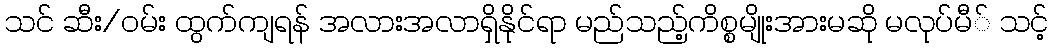
သင် ဆီး/ဝမ်း ထွက်ကျရန် အလားအလာရှိနိုင်ရာ မည်သည့်ကိစ္စမျိုးအားမဆို မလုပ်မီ် သင့်